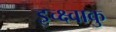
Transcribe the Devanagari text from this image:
इच्क्ष्वाकु